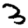
Digit: 3